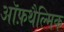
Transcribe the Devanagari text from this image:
ऑफ़थैल्मिक